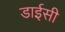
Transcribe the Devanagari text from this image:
डाईसी